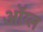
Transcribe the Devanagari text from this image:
ऑग्ल